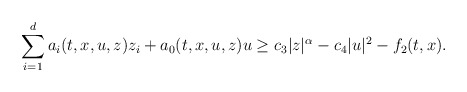
\begin{align*}\sum_{i=1}^{d} a_i(t,x,u,z) z_i + a_0(t,x,u,z)u \geq c_3 |z|^{\alpha} - c_4 |u|^2 - f_2(t,x) .\end{align*}